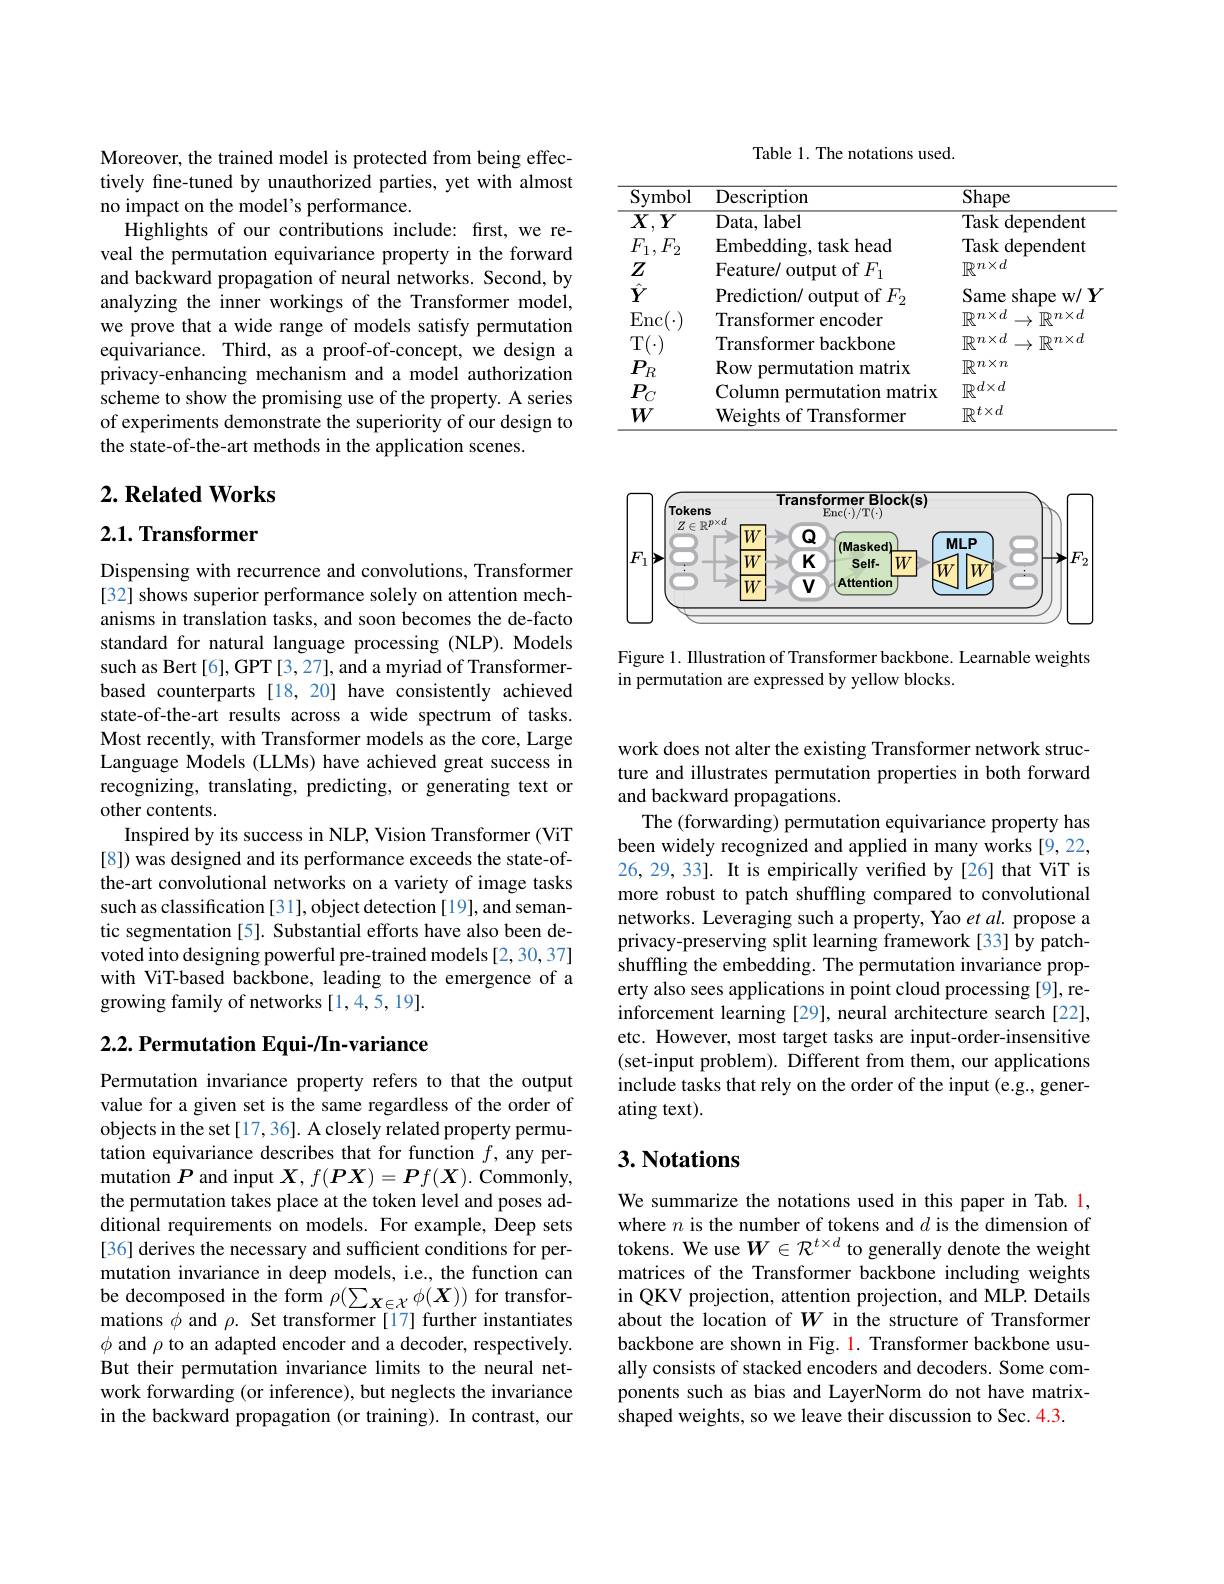
Moreover, the trained model is protected from being effectively fine-tuned by unauthorized parties, yet with almost no impact on the model's performance.
Highlights of our contributions include: first, we reveal the permutation equivariance property in the forward and backward propagation of neural networks. Second, by analyzing the inner workings of the Transformer model, we prove that a wide range of models satisfy permutation equivariance. Third, as a proof-of-concept, we design a privacy-enhancing mechanism and a model authorization scheme to show the promising use of the property. A series of experiments demonstrate the superiority of our design to the state-of-the-art methods in the application scenes.

## $2. \textbf{Related Works}$

## $2. 1. \textbf{Transformer}$

Dispensing with recurrence and convolutions, Transformer [32] shows superior performance solely on attention mechanisms in translation tasks, and soon becomes the de-facto standard for natural language processing (NLP). Models such as Bert[6], GPT[3,27], and a myriad of Transformerbased counterparts [18,20] have consistently achieved state-of-the-art results across a wide spectrum of tasks. Most recently, with Transformer models as the core, Large Language Models (LLMs) have achieved great success in recognizing, translating, predicting, or generating text or other contents.
Inspired by its success in NLP, Vision Transformer (ViT [8]) was designed and its performance exceeds the state-ofthe-art convolutional networks on a variety of image tasks such as classification [31], object detection [19], and semantic segmentation [5]. Substantial efforts have also been devoted into designing powerful pre-trained models [2,30,37] with ViT-based backbone, leading to the emergence of a growing family of networks [1,4,5,19].

### $2. 2. \textbf{ Permutation Equi- / In- variance}$

Permutation invariance property refers to that the output value for a given set is the same regardless of the order of objects in the set [17,36]. A closely related property permutation equivariance describes that for function $f$, any permutation $P$ and input $\boldsymbol{X},f(\boldsymbol{P}\boldsymbol{X})=\boldsymbol{P}f(\boldsymbol{X}).$ Commonly, the permutation takes place at the token level and poses additional requirements on models. For example, Deep sets [36] derives the necessary and sufficient conditions for permutation invariance in deep models, i.e., the function can be decomposed in the form $\rho(\sum_{\boldsymbol{X}\in\mathcal{X}}\phi(\boldsymbol{X}))$ for transformations $\phi$ and $\rho.$ Set transformer[17] further instantiates $\phi$ and $\rho$ to an adapted encoder and a decoder, respectively. But their permutation invariance limits to the neural network forwarding (or inference), but neglects the invariance in the backward propagation (or training). In contrast, our

Table 1. The notations used.

<table>
	<tbody>
		<tr>
			<th>$\overline{\mathrm{Symbol}}$</th>
			<th>Description</th>
			<th>Shape</th>
		</tr>
		<tr>
			<td>$\overline{X,\Gamma}$ $Y$ </td>
			<td>Data, label</td>
			<td>Task dependent</td>
		</tr>
		<tr>
			<td>$F_1,F_2$</td>
			<td>Embedding, task head</td>
			<td>Task {:}dependent</td>
		</tr>
		<tr>
			<td>$Z$</td>
			<td>Feature/ output of $F_{1}$</td>
			<td>$\mathbb{R}^{n\times d}$</td>
		</tr>
		<tr>
			<td>$\hat{Y}$</td>
			<td>Prediction/ output of $F_{2}$</td>
			<td>Same shape $\Xi W/$ $\textbf{、 }$</td>
		</tr>
		<tr>
			<td>Enc</td>
			<td>Transformer encoder</td>
			<td>$\mathbb{R}^{n\times d}$ $.\mathbb{R}n\times d$ -</td>
		</tr>
		<tr>
			<td>$T$</td>
			<td>Transformer backbone</td>
			<td>$\mathbb{R}^{n\times d}$ $\rightarrow\mathbb{R}^{n\times d}$</td>
		</tr>
		<tr>
			<td>$P_{\mathrm{j}}$</td>
			<td>Row permutation n matrix</td>
			<td>$\mathbb{R}^{n\times n}$</td>
		</tr>
		<tr>
			<td>$P_{(}$</td>
			<td>Column permutation matrix</td>
			<td>$\mathbb{P}d\times d$</td>
		</tr>
		<tr>
			<td>$W$</td>
			<td>Weights of Transformer</td>
			<td>$\mathbb{R}^{t\times d}$</td>
		</tr>
	</tbody>
</table>

<FigureHere>

Figure 1. Illustration of Transformer backbone. Learnable weights
in permutation are expressed by yellow blocks.

work does not alter the existing Transformer network structure and illustrates permutation properties in both forward and backward propagations.
The (forwarding) permutation equivariance property has been widely recognized and applied in many works [9,22, 26, 29, 33]. It is empirically verified by[26] that ViT is more robust to patch shuffling compared to convolutional networks. Leveraging such a property, Yao $etal.$ propose a privacy-preserving split learning framework [33] by patchshuffling the embedding. The permutation invariance property also sees applications in point cloud processing [9], reinforcement learning [29], neural architecture search[22], etc. However, most target tasks are input-order-insensitive (set-input problem). Different from them, our applications include tasks that rely on the order of the input (e.g., generating text).

## 3. Notations

We summarize the notations used in this paper in Tab. l, where $n$ is the number of tokens and $d$ is the dimension of tokens. We use $W\in\mathcal{R}^{t\times d}$ to generally denote the weight matrices of the Transformer backbone including weights in QKV projection, attention projection, and MLP. Details about the location of $W$ in the structure of Transformer backbone are shown in Fig. 1. Transformer backbone usually consists of stacked encoders and decoders. Some components such as bias and LayerNorm do not have matrixshaped weights, so we leave their discussion to Sec. 4.3.